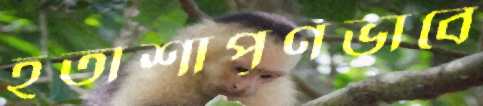
হতাশাপূর্ণভাবে